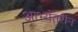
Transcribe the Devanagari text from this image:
आभ्यंतरीन